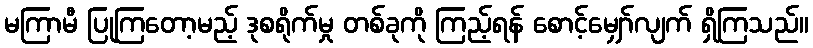
မကြာမီ ပြုကြတော့မည့် ဒုစရိုက်မှု တစ်ခုကို ကြည့်ရန် စောင့်မျှော်လျက် ရှိကြသည်။